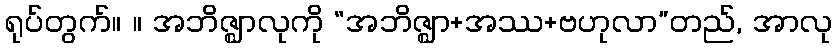
ရုပ်တွက်။ ။ အဘိဇ္ဈာလုကို “အဘိဇ္ဈာ+အဿ+ဗဟုလာ”တည်, အာလု